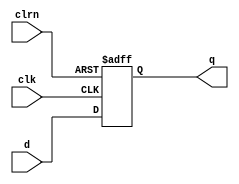
// 32bit D flip-flop.
module dff32(d, clk, clrn, q);
	input      [31:0] d;
	input             clk, clrn;
	output reg [31:0] q;

	always @ (negedge clrn or posedge clk)
		if (clrn == 0) begin
			// q <= 0;
			q <= -4;
		end else begin
			q <= d;
		end
endmodule